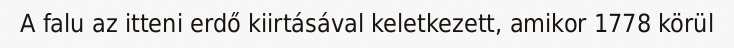
A falu az itteni erdő kiirtásával keletkezett, amikor 1778 körül